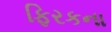
ફિરકના